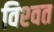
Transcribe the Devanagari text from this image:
विश्‍वत